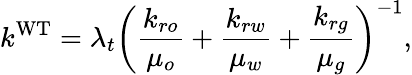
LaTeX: k^{\mathrm{WT}}=\lambda_{t}\left(\frac{k_{ro}}{\mu_{o}}+\frac{k_{rw}}{\mu_{w}}+\frac{k_{rg}}{\mu_{g}}\right)^{-1},